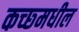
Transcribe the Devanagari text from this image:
कच्छ्मधील